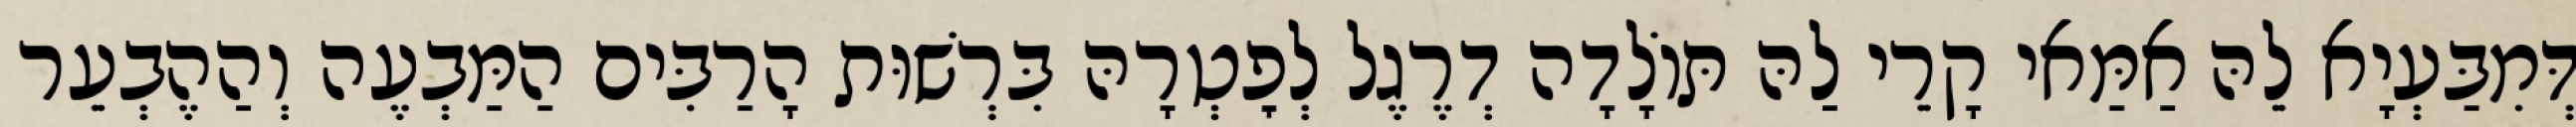
דְּמִבַּעְיָא לֵהּ אַמַּאי קָרֵי לַהּ תּוֹלָדָה דְרֶגֶל לְפׇטְרָהּ בִּרְשׁוּת הָרַבִּים הַמַּבְעֶה וְהַהֶבְעֵר